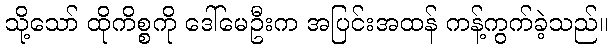
သို့သော် ထိုကိစ္စကို ဒေါ်မေဦးက အပြင်းအထန် ကန့်ကွက်ခဲ့သည်။